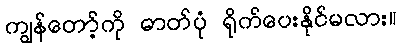
ကျွန်တော့်ကို ဓာတ်ပုံ ရိုက်ပေးနိုင်မလား။